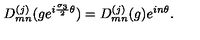
D _ { m n } ^ { ( j ) } ( g e ^ { i { \frac { { \sigma } _ { 3 } } { 2 } } { \theta } } ) = D _ { m n } ^ { ( j ) } ( g ) e ^ { i n { \theta } } .